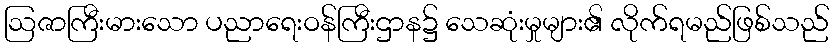
ဩဇာကြီးမားသော ပညာရေးဝန်ကြီးဌာန၌ သေဆုံးမှုများ၏ လိုက်ရမည်ဖြစ်သည်